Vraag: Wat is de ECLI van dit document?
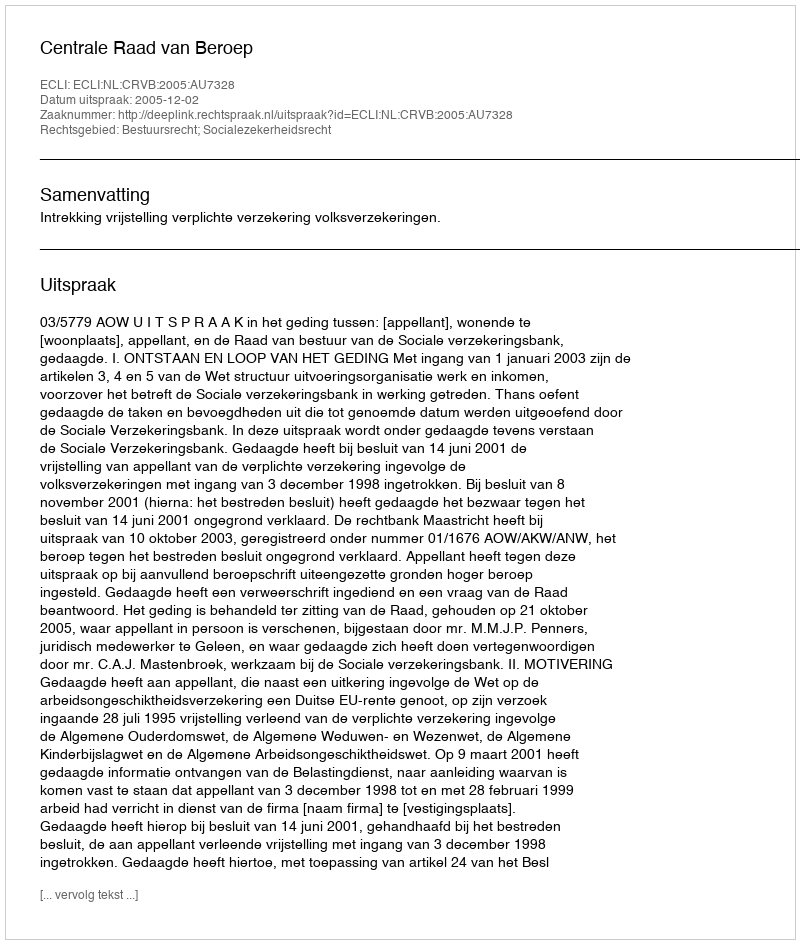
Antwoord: ECLI:NL:CRVB:2005:AU7328